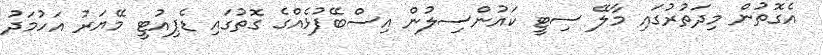
އެގޮތުން މިދަތުރުގައި މާލޭ ސިޓީ ކައުންސިލުން އިސްބޭފުޅެއްގެ ގޮތުގައި ޑެޕިއުޓީ މޭޔަރު އަހުމަދު